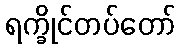
ရက္ခိုင်တပ်တော်